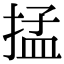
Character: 掹